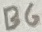
Text: B6